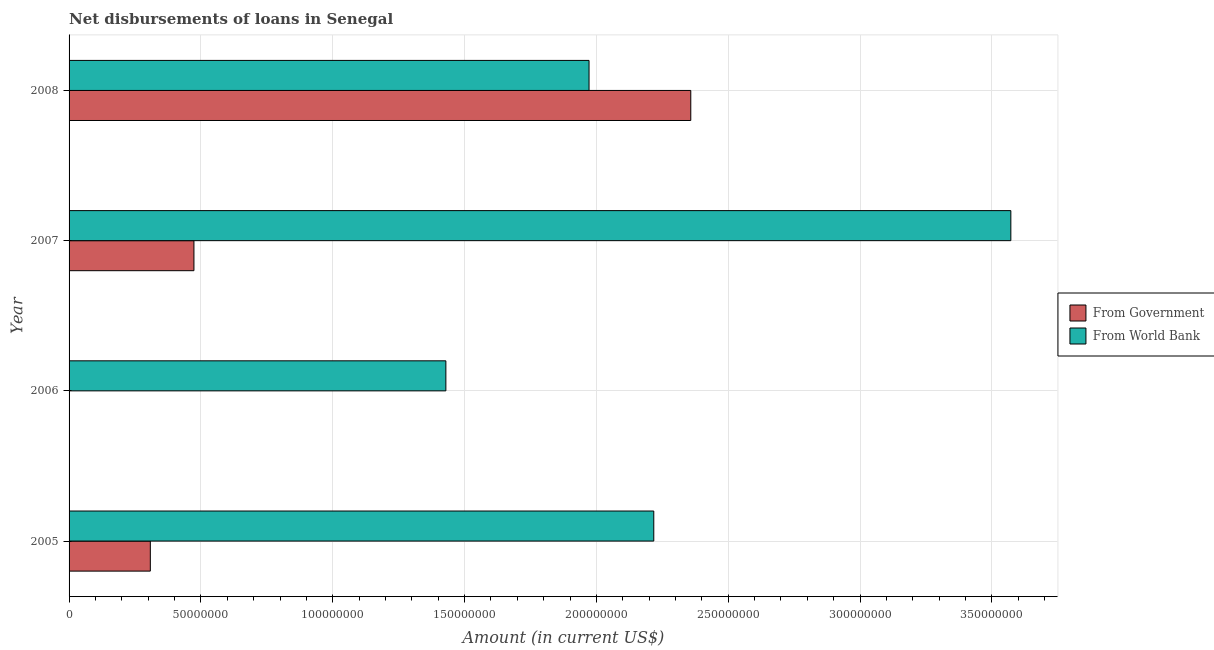
| Year | From Government | From World Bank |
 | --- | --- | --- |
 | 2005 | 3.08e+07 | 2.22e+08 |
 | 2006 | -1.75e+07 | 1.43e+08 |
 | 2007 | 4.74e+07 | 3.57e+08 |
 | 2008 | 2.36e+08 | 1.97e+08 |